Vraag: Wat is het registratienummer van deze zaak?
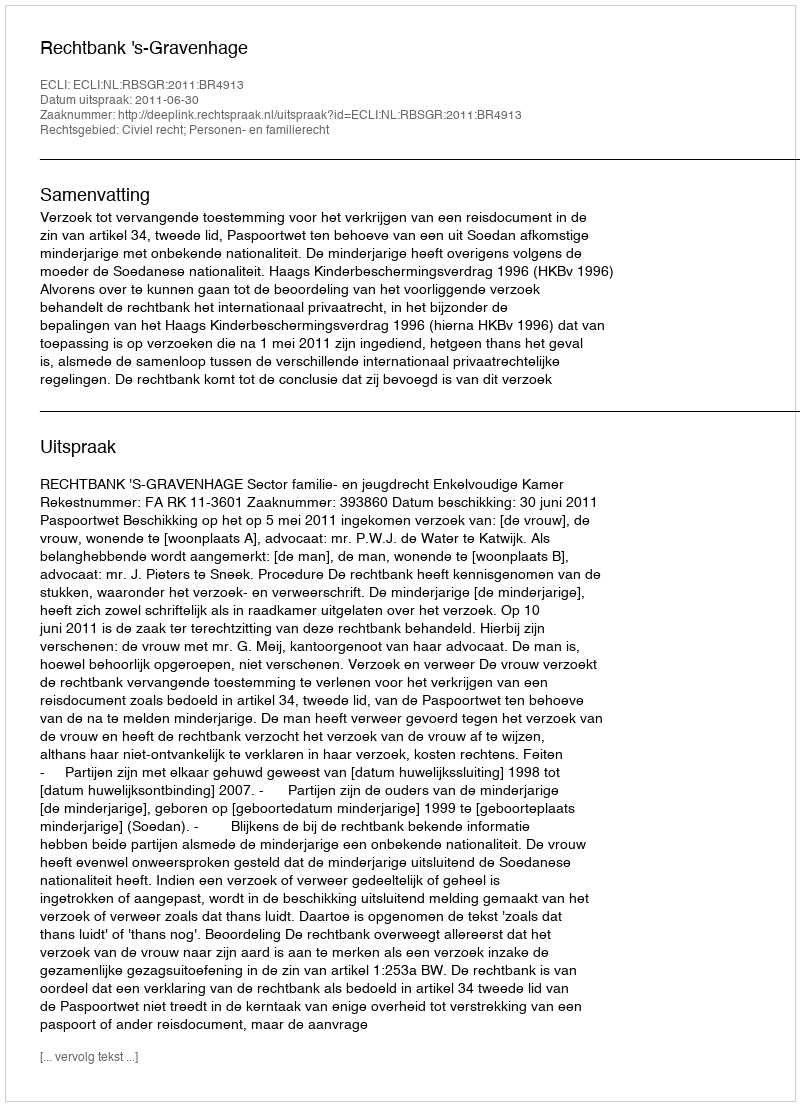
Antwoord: http://deeplink.rechtspraak.nl/uitspraak?id=ECLI:NL:RBSGR:2011:BR4913